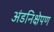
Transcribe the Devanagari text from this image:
अंडनिक्षेपण